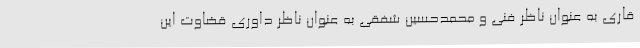
قاری به عنوان ناظر فنی و محمدحسین شفقی به عنوان ناظر داوری قضاوت این